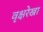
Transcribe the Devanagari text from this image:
वृक्षरेखा